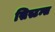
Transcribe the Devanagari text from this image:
सिस्टम्स